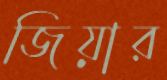
জিয়ার